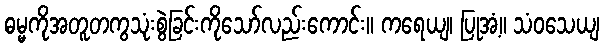
ဓမ္မကိုအတူတကွသုံးစွဲခြင်းကိုသော်လည်းကောင်း။ ကရေယျ၊ ပြုအံ့။ သံဝသေယျ